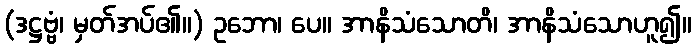
(ဒဋ္ဌဗ္ဗံ၊ မှတ်အပ်၏။) ဥဘော၊ ပေ။ အာနိသံသောတိ၊ အာနိသံသောဟူ၍။